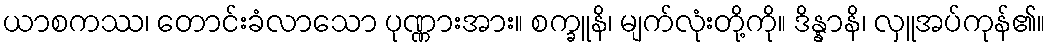
ယာစကဿ၊ တောင်းခံလာသော ပုဏ္ဏားအား။ စက္ခူနိ၊ မျက်လုံးတို့ကို။ ဒိန္နာနိ၊ လှူအပ်ကုန်၏။